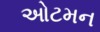
ઓટમન